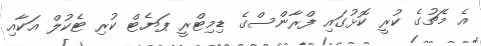
އެ މެޗުގެ ކުރީ ކޮޅުގައި ފްރާންސްގެ ޑިމިޓްރީ ޕަޔެޓް ކުރި ޓެކުލް އަކާއި